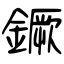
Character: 鐝